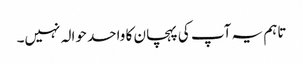
تاہم یہ آپ کی پہچان کا واحد حوالہ نہیں۔